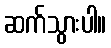
ဆက်သွားပါ။